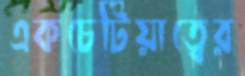
একচেটিয়াত্বের